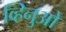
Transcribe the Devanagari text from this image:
व्हिनुओ